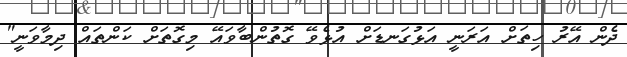
ދެން އޭރު ހިތަށް އަރަނީ އަޅުގަނޑަށް އުޅެވޭ ގޮތުންބާވައޭ މިގޮތަށް ކަންތައް ދިމާވަނީ"